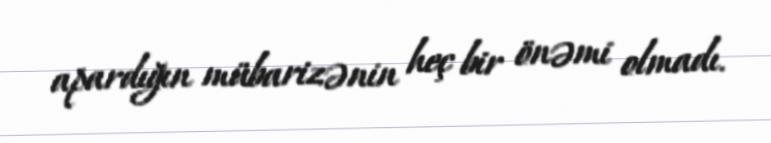
apardığın mübarizənin heç bir önəmi olmadı.